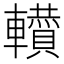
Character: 𨏘